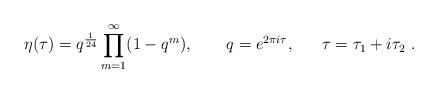
LaTeX: \begin{align*}\eta(\tau) = q^{1\over 24} \prod_{m=1}^{\infty} (1-q^m),~~~~~~ q=e^{2\pi i\tau},~~~~~\tau =\tau_1 +i \tau_2\ .\end{align*}